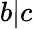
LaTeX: b|c